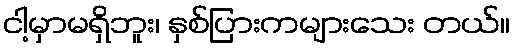
ငါ့မှာမရှိဘူး၊ နှစ်ပြားကများသေး တယ်။